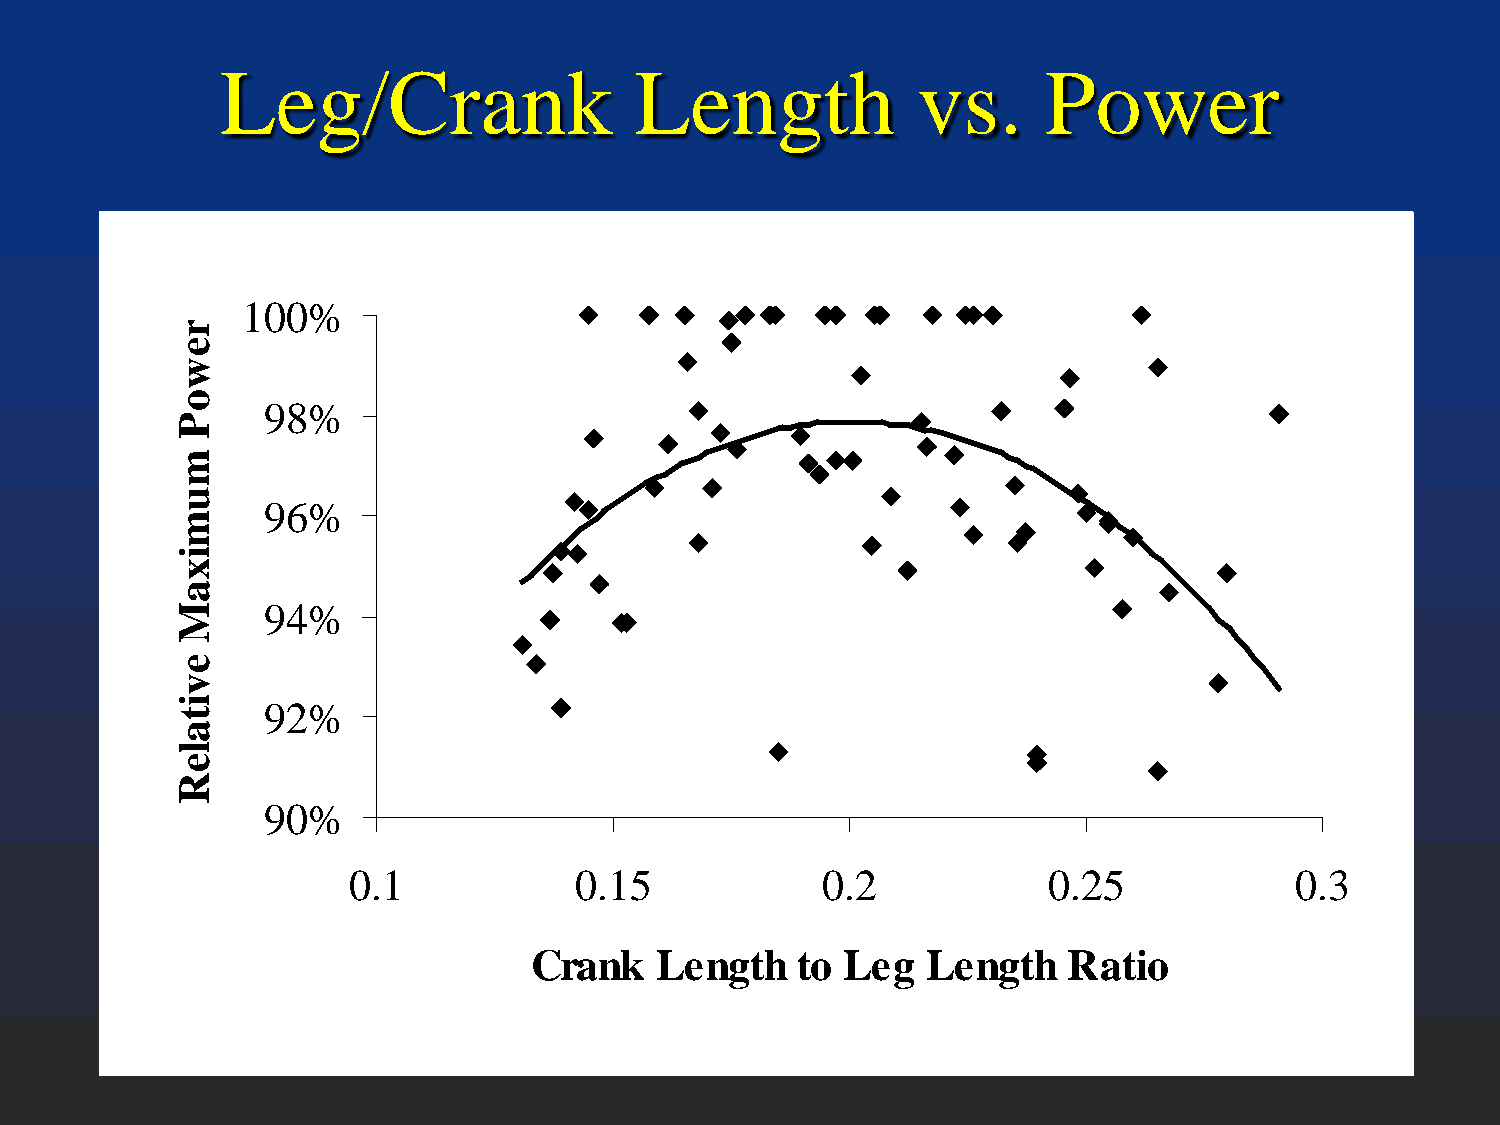
Leg/Crank                  Length             vs.     Power
 100%
 98%
 96%
 94%
 92%
 90%
 0.1            0.15            0.2            0.25             0.3
 Crank    Length   to Leg  Length    Ratio
 rewoP
 mumixaM
 evitaleR